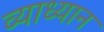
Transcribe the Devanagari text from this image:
व्याध्यान